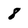
Character: 8